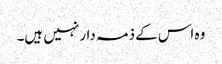
وہ اس کے ذمہ دار نہیں ہیں۔